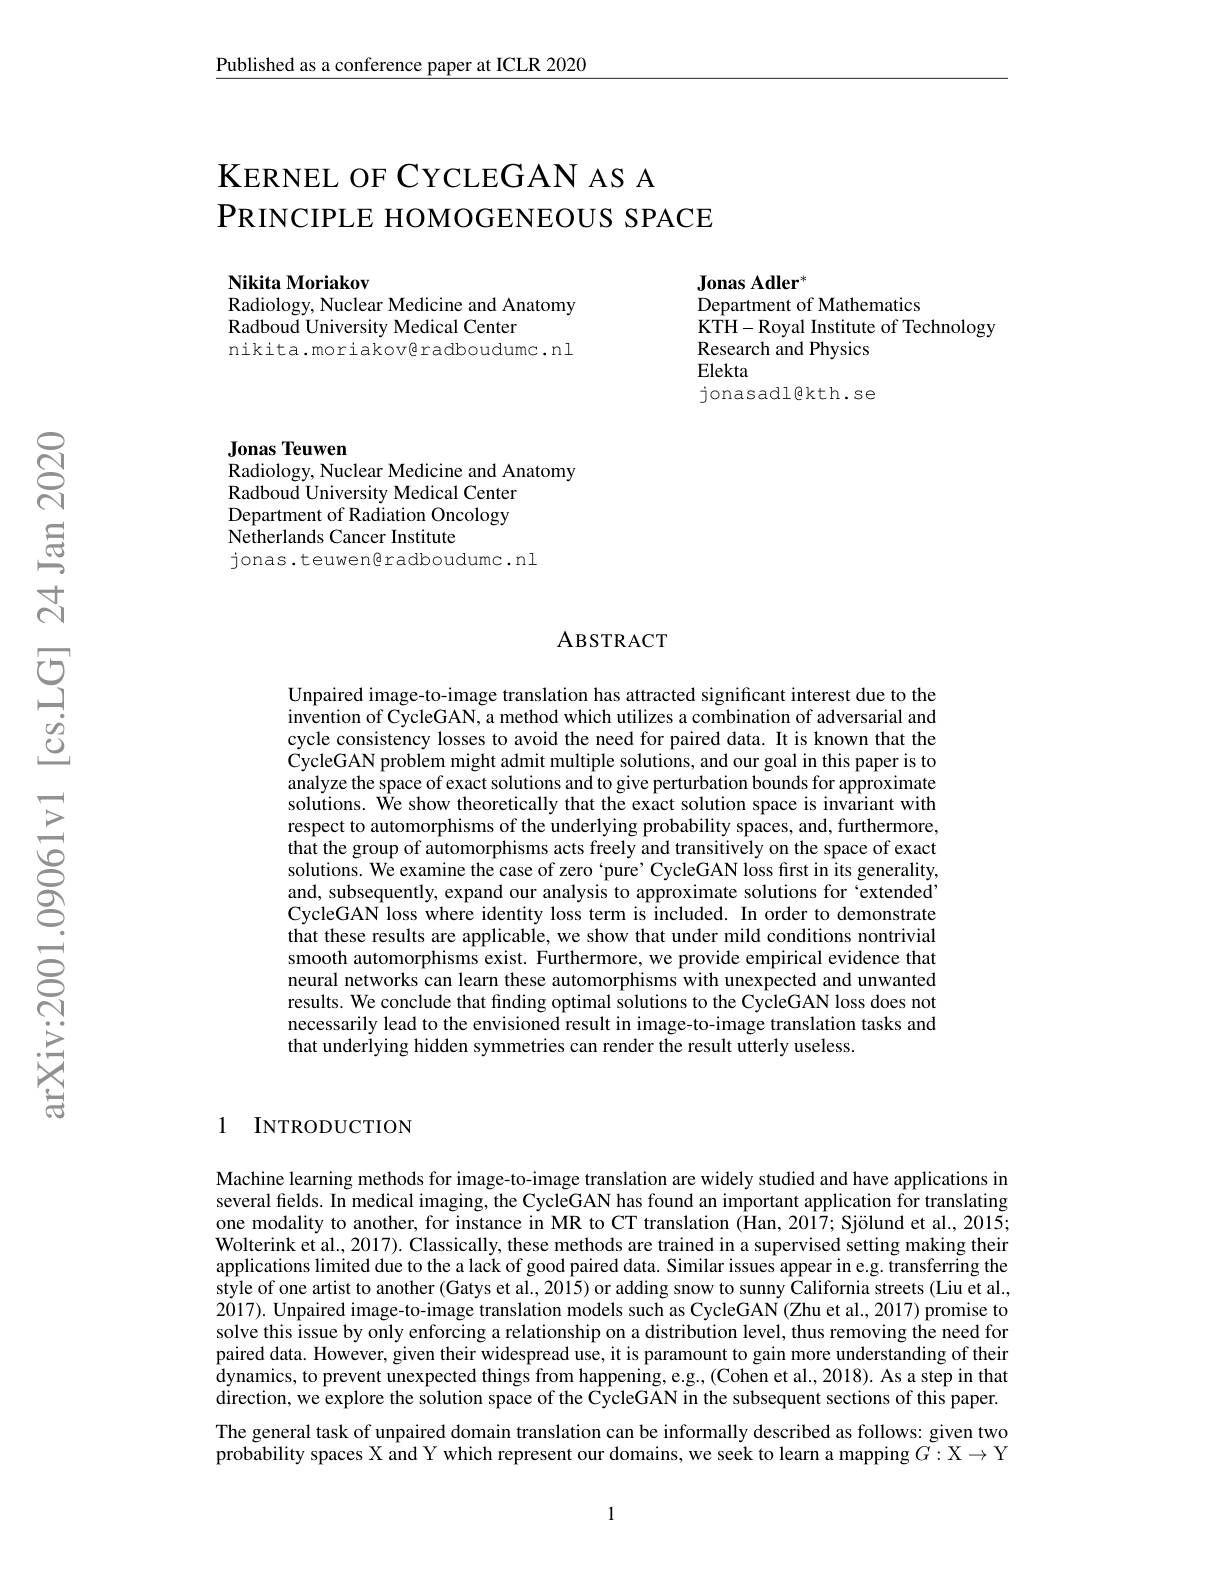
Published as a conference paper at ICLR 2020

KERNEL OF CYCLEGAN AS A
PRINCIPLE HOMOGENEOUS SPACE

Nikita Moriakov
Radiology, Nuclear Medicine and Anatomy
Radboud University Medical Center
nikita.moriakovêradboudumc.nl

Jonas Adler$^*$
Department of Mathematics
KTH-Royal Institute of Technology
Research and Physics
Elekta
jonasadl@kth.se

Jonas Teuwen
Radiology, Nuclear Medicine and Anatomy

Radboud University Medical Center Department of Radiation Oncology Netherlands Cancer Institute
jonas.teuwengradboudumc.nl

### ABSTRACT

Unpaired image-to-image translation has attracted significant interest due to the invention of CycleGAN, a method which utilizes a combination of adversarial and cycle consistency losses to avoid the need for paired data. It is known that the CycleGAN problem might admit multiple solutions, and our goal in this paper is to analyze the space of exact solutions and to give perturbation bounds for approximate solutions. We show theoretically that the exact solution space is invariant with respect to automorphisms of the underlying probability spaces, and, furthermore, that the group of automorphisms acts freely and transitively on the space of exact solutions. We examine the case of zero 'pure' CycleGAN loss first in its generality, and, subsequently, expand our analysis to approximate solutions for éextended' CycleGAN loss where identity loss term is included. In order to demonstrate that these results are applicable, we show that under mild conditions nontrivial smooth automorphisms exist. Furthermore, we provide empirical evidence that neural networks can learn these automorphisms with unexpected and unwanted results. We conclude that finding optimal solutions to the CycleGAN loss does not necessarily lead to the envisioned result in image-to-image translation tasks and that underlying hidden symmetries can render the result utterly useless.

1 INTRODUCTION

Machine learning methods for image-to-image translation are widely studied and have applications in several fields. In medical imaging, the CycleGAN has found an important application for translating one modality to another, for instance in MR to CT translation (Han, 2017; Sjölund et al., 2015; Wolterink et al., 2017). Classically, these methods are trained in a supervised setting making their applications limited due to the a lack of good paired data. Similar issues appear in e.g. transferring the style of one artist to another (Gatys et al., 2015) or adding snow to sunny California streets (Liu et al., 2017). Unpaired image-to-image translation models such as CycleGAN (Zhu et al., 2017) promise to solve this issue by only enforcing a relationship on a distribution level, thus removing the need for paired data. However, given their widespread use, it is paramount to gain more understanding of their dynamics, to prevent unexpected things from happening, e. g. , ( Cohen et al. , 2018) . As a step in that direction, we explore the solution space of the CycleGAN in the subsequent sections of this paper. The general task of unpaired domain translation can be informally described as follows: given two $\tilde{\text{probability spaces X and Y which represent our domains, we seek to learn a mapping }G:\mathcal{X}\to\mathcal{Y}}$

1